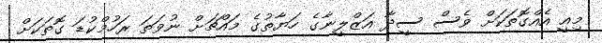
މިއީ އެއްގޮތަކަށް ވެސް ސީދާ އަޒްލީނާގެ ހަޔާތުގެ މައްޗަށް ނުވަތަ ރަހުމްކުޑަ ގޮތަކަށް